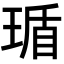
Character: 𬍸